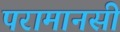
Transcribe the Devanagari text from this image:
परामानसी